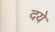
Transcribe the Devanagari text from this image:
दये